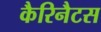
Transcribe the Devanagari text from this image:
कैरिनैटस